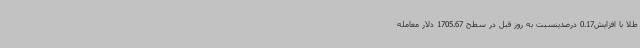
طلا با افزایش0.17 درصدینسبت به روز قبل در سطح 1705.67 دلار معامله